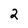
Character: 2